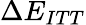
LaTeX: \Delta E_{ITT}